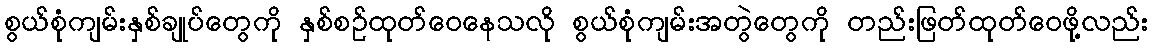
စွယ်စုံကျမ်းနှစ်ချုပ်တွေကို နှစ်စဉ်ထုတ်ဝေနေသလို စွယ်စုံကျမ်းအတွဲတွေကို တည်းဖြတ်ထုတ်ဝေဖို့လည်း